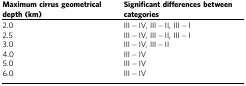
| Maximum cirrus geometrical depth (km) | Significant differences between categories |
 | --- | --- |
 | 2.0 | III−IV, III−II, III−I |
 | 2.5 | III−IV, III−II, III−I |
 | 3.0 | III−IV, III−II |
 | 4.0 | III−IV |
 | 5.0 | III−IV |
 | 6.0 | III−IV |